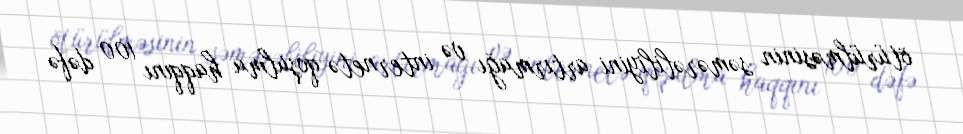
ötürülməsinin səmərəliliyini artırmağı və internetə qoşulma haqqını 100 dəfə